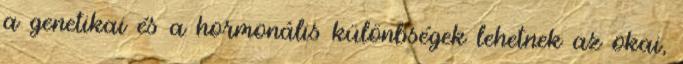
a genetikai és a hormonális különbségek lehetnek az okai,